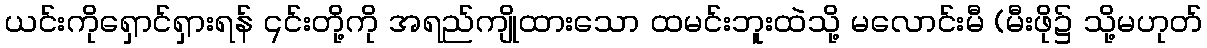
ယင်းကိုရှောင်ရှားရန် ၎င်းတို့ကို အရည်ကျိုထားသော ထမင်းဘူးထဲသို့ မလောင်းမီ (မီးဖို၌ သို့မဟုတ်